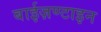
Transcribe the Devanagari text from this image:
बाईज़ण्टाइन